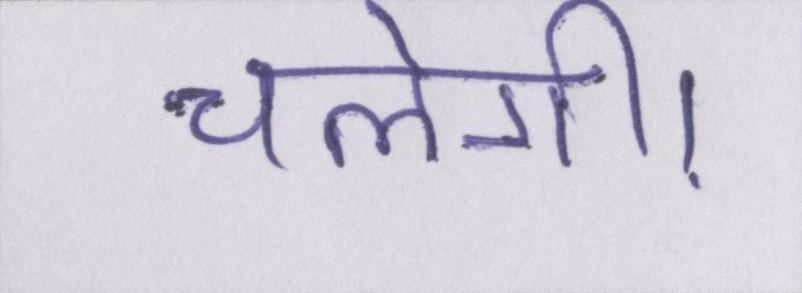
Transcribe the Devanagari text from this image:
चलेंगी।